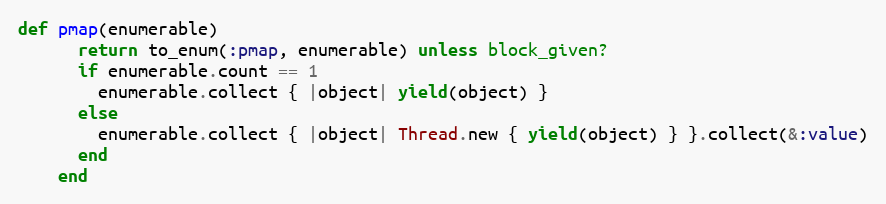
Language: Ruby
def pmap(enumerable)
      return to_enum(:pmap, enumerable) unless block_given?
      if enumerable.count == 1
        enumerable.collect { |object| yield(object) }
      else
        enumerable.collect { |object| Thread.new { yield(object) } }.collect(&:value)
      end
    end